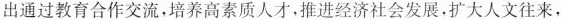
出通过教育合作交流，培养高素质人才，推进经济社会发展，扩大人文往来，